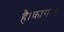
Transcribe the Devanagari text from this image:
है।कागज